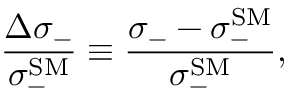
\frac { \Delta \sigma _ { - } } { \sigma _ { - } ^ { \mathrm { S M } } } \equiv \frac { \sigma _ { - } - \sigma _ { - } ^ { \mathrm { S M } } } { \sigma _ { - } ^ { \mathrm { S M } } } ,